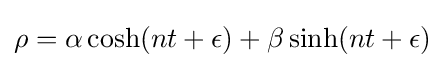
\rho =\alpha \cosh(nt+\epsilon )+\beta \sinh(nt+\epsilon )